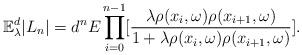
LaTeX: \begin{align*}\mathbb{E}_{\lambda}^d|L_n|=d^nE\prod_{i=0}^{n-1}[\frac{\lambda\rho(x_i,\omega)\rho(x_{i+1},\omega)}{1+\lambda\rho(x_i,\omega)\rho(x_{i+1},\omega)}].\end{align*}